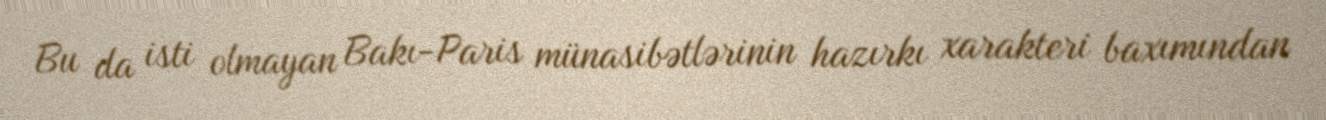
Bu da isti olmayan Bakı-Paris münasibətlərinin hazırkı xarakteri baxımından